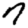
Digit: 7